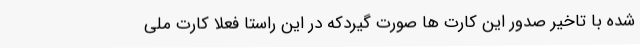
شده با تاخیر صدور این کارت ها صورت گیردکه در این راستا فعلا کارت ملی